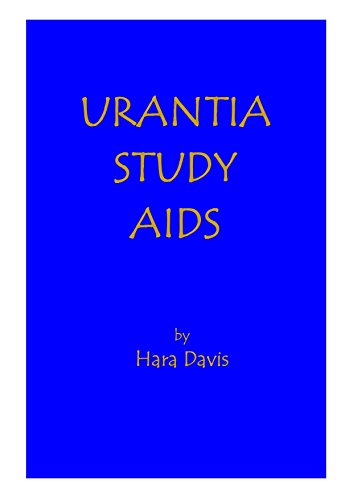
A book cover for Urantia Study Aids; Hara Davis; Religion & Spirituality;